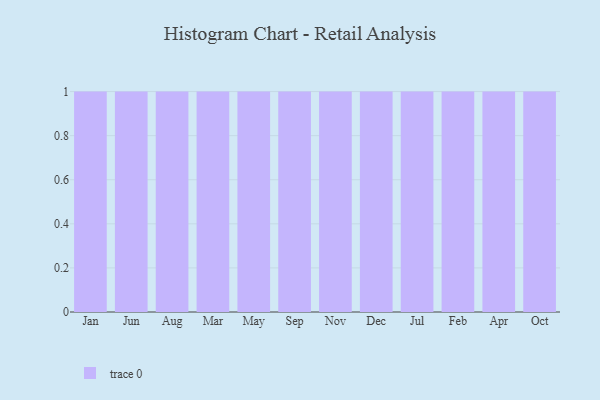
{"axis": {"x": "Month", "y": "Conversion Rate (%)"}, "legend": [""], "data": [{"x": "Jan", "y": 92, "type": ""}, {"x": "Jun", "y": 45, "type": ""}, {"x": "Aug", "y": 87, "type": ""}, {"x": "Mar", "y": 1, "type": ""}, {"x": "May", "y": 11, "type": ""}, {"x": "Sep", "y": 89, "type": ""}, {"x": "Nov", "y": 67, "type": ""}, {"x": "Dec", "y": 75, "type": ""}, {"x": "Jul", "y": 32, "type": ""}, {"x": "Feb", "y": 19, "type": ""}, {"x": "Apr", "y": 60, "type": ""}, {"x": "Oct", "y": 66, "type": ""}]}